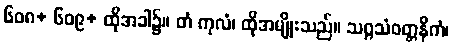
၆၀၈+ ၆၀၉+ ထိုအခါ၌။ တံ ကုလံ၊ ထိုအမျိုးသည်။ သဂ္ဂသံဝတ္တနိကံ၊